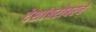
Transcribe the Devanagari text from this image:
देशांबरोबरचे